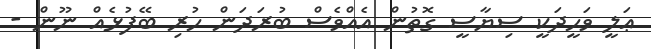
ޢަލީ ވަޙީދަކީ ސިޔާސީ ގޮތުން އެއްވެސް ބުރަދަން ހުރި ބޭފުޅެއް ނޫން -